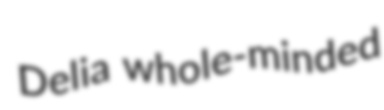
Delia whole-minded